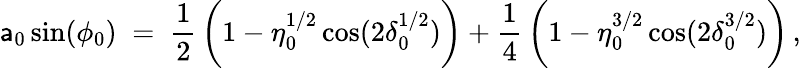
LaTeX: \mathsf{a}_{0}\sin(\phi_{0})\; =\; \frac{{1}}{{2}}\, \biggl(1-\eta_{0}^{1/2}\cos(2\delta_{0}^{1/2})\biggr)+\frac{{1}}{{4}}\, \biggl(1-\eta_{0}^{3/2}\cos(2\delta_{0}^{3/2})\biggr)\, ,